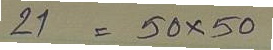
21 = 50x50